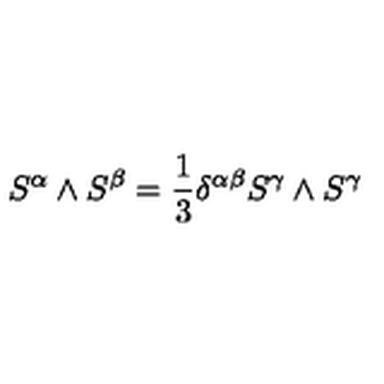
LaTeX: S ^ { \alpha } \wedge S ^ { \beta } = \frac 1 3 \delta ^ { \alpha \beta } S ^ { \gamma } \wedge S ^ { \gamma } \label G